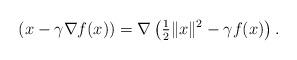
LaTeX: \begin{align*}(x-\gamma\nabla f(x))=\nabla\left(\tfrac{1}{2}\|x\|^2-\gamma f(x)\right).\end{align*}